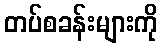
တပ်စခန်းများကို